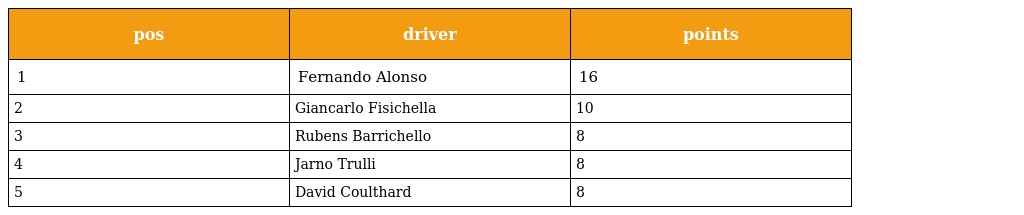
| pos | driver | points |
 | --- | --- | --- |
 | 1 | Fernando Alonso | 16 |
 | 2 | Giancarlo Fisichella | 10 |
 | 3 | Rubens Barrichello | 8 |
 | 4 | Jarno Trulli | 8 |
 | 5 | David Coulthard | 8 |